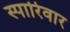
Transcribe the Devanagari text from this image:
स्पारिवार